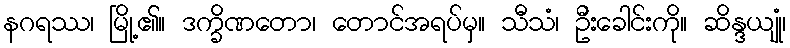
နဂရဿ၊ မြို့၏။ ဒက္ခိဏတော၊ တောင်အရပ်မှ။ သီသံ၊ ဦးခေါင်းကို။ ဆိန္ဒယျုံ၊